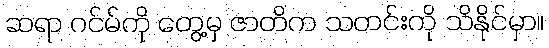
ဆရာ ဂင်မ်ကို တွေ့မှ ဇာတိက သတင်းကို သိနိုင်မှာ။